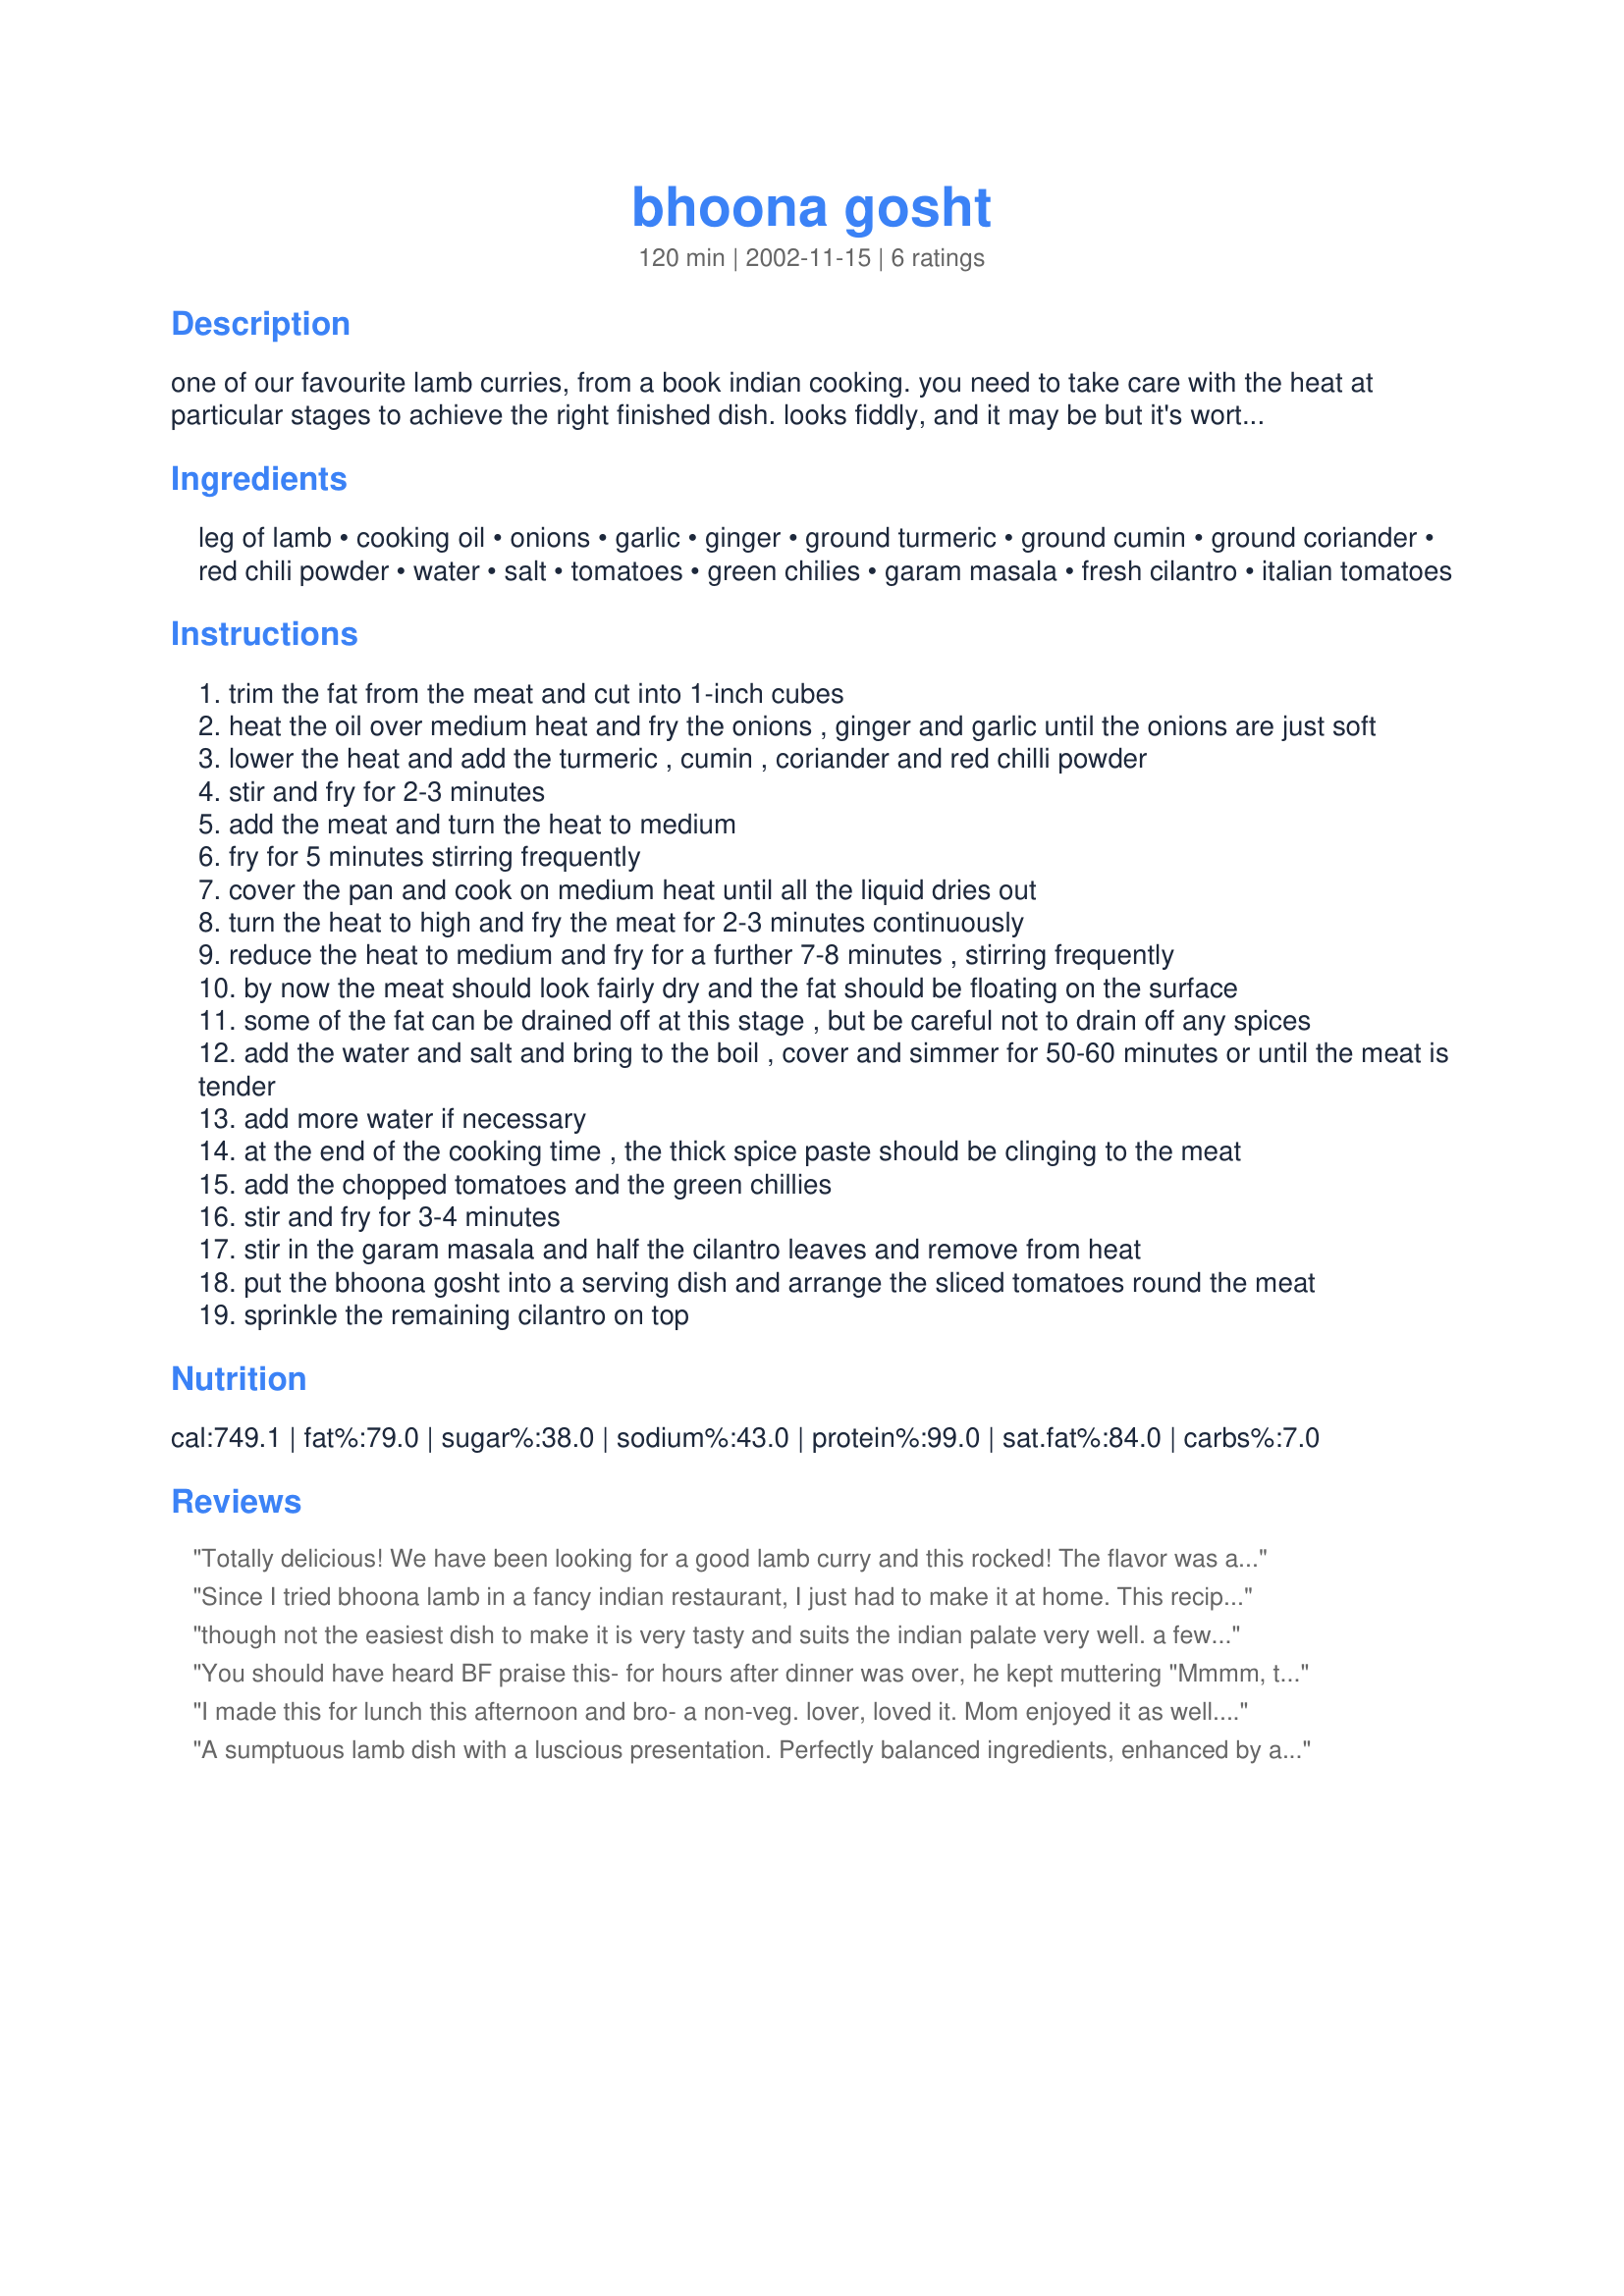
bhoona gosht
Preparation time: 120 minutes

one of our favourite lamb curries, from a book indian cooking. you need to take care with the heat at particular stages to achieve the right finished dish. looks fiddly, and it may be but it's worth it.

Ingredients:
leg of lamb, cooking oil, onions, garlic, ginger, ground turmeric, ground cumin, ground coriander, red chili powder, water, salt, tomatoes, green chilies, garam masala, fresh cilantro, italian tomatoes

Steps:
trim the fat from the meat and cut into 1-inch cubes
heat the oil over medium heat and fry the onions , ginger and garlic until the onions are just soft
lower the heat and add the turmeric , cumin , coriander and red chilli powder
stir and fry for 2-3 minutes
add the meat and turn the heat to medium
fry for 5 minutes stirring frequently
cover the pan and cook on medium heat until all the liquid dries out
turn the heat to high and fry the meat for 2-3 minutes continuously
reduce the heat to medium and fry for a further 7-8 minutes , stirring frequently
by now the meat should look fairly dry and the fat should be floating on the surface
some of the fat can be drained off at this stage , but be careful not to drain off any spices
add the water and salt and bring to the boil , cover and simmer for 50-60 minutes or until the meat is tender
add more water if necessary
at the end of the cooking time , the thick spice paste should be clinging to the meat
add the chopped tomatoes and the green chillies
stir and fry for 3-4 minutes
stir in the garam masala and half the cilantro leaves and remove from heat
put the bhoona gosht into a serving dish and arrange the sliced tomatoes round the meat
sprinkle the remaining cilantro on top

Reviews:
Totally delicious! We have been looking for a good lamb curry and this rocked! The flavor was amazing and it gave me the basics for cooking a curry that I had been looking for. It didn't cook down as much as I was hoping, so I added some tomato paste. We like our curry thick and the paste was perfect. Thanks!
Since I tried bhoona lamb in a fancy indian restaurant, I just had to make it at home. This recipe turned just perfect - the lamb was nice and tender, and I had enough left for the rest of the week. I'll definitely make this again!
though not the easiest dish to make it is very tasty and suits the indian palate very well. a few of my canadian friends loved the bhoona gosht that i prepared for them. excellent recipe and my daughter and wife will vouch for it too!- girish.
You should have heard BF praise this- for hours after dinner was over, he kept muttering "Mmmm, that was so good"! And it was! I did reduce the recipe- only used about 2/3lb lamb and 1 onion. We liked those proportions just fine and got 4 fair-sized servings from it. I did use canned tomatoes as suggested and instead of green chiles I used 3 dried thai hot peppers. That, with 1/2 tsp cayenne, made the spiciness in this just perfect- just enough to wake up those tastebuds, without burning your tongue. I didn't have any cilantro on-hand, so I had to leave that off, but the spicing in this was just fantastic. I used a little less water than called for due to my smaller amount of meat/onion, and this cooked up just great... oh I also used part tomato juice for the water. Yum! I also left off the raw tomato garnish, as I do not at all care for raw tomatoes. Really, really fabulous.
I made this for lunch this afternoon and bro- a non-veg. lover, loved it. Mom enjoyed it as well. I used a 1kg 500gms chicken and increased the quantity of all the ingredients proportionately. They enjoyed it with hot rotis and bread. Thanks so much for sharing!
A sumptuous lamb dish with a luscious presentation. Perfectly balanced ingredients, enhanced by a slow cooking reduction and freshened with tomatoes and herbs.
I left out the fresh chili peppers in deference to DH's hot spice intolerence and substituted fresh parsley because I am not fond of fresh cilantro. Jan S, my "Lamb Guru", you have out done yourself with this 10 star dish!
